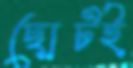
ছোটই